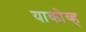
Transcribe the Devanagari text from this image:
याकोव्ह